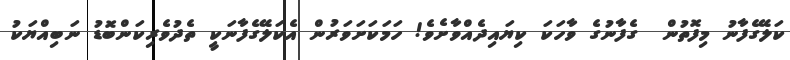
ކަލޭގެފާނު މިފޮތުން  ގެފާނުގެ ވާހަކަ ކިޔައިދެއްވާށެވެ! ހަމަކަށަވަރުން އެކަލޭގެފާނަކީ ތެދުވެރިކަންބޮޑު ނަބިއްޔަކު